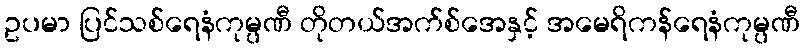
ဥပမာ ပြင်သစ်ရေနံကုမ္ပဏီ တိုတယ်အက်စ်အေနှင့် အမေရိကန်ရေနံကုမ္ပဏီ